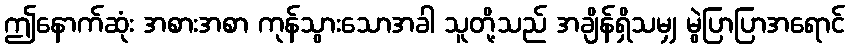
ဤနောက်ဆုံး အစားအစာ ကုန်သွားသောအခါ သူတို့သည် အချိန်ရှိသမျှ မွဲပြာပြာအရောင်